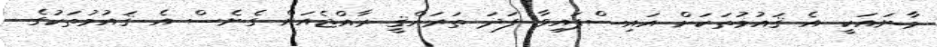
މާނައަކީ އެ ޤައުމުތަކަށް އައިސްފައިވާ ފަދަ ތަރައްޤީ ރާއްޖެއަށް ގެނެސް އެ ޤައުމުތަކުގެ